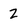
Character: Z